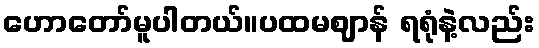
ဟောတော်မူပါတယ်။ပထမဈာန် ရရုံနဲ့လည်း